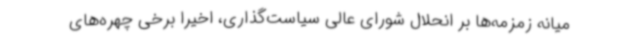
میانه زمزمه‌ها بر انحلال شورای عالی سیاست‌گذاری، اخیرا برخی چهره‌های